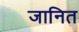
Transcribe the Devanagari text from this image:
जानित